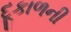
દૂકાળની